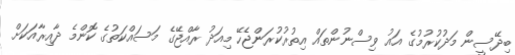
ބިދޭސީން މަދުކުރުމުގެ އައު ވިސްނުންތައް އިތުރުކުރަންޖެހޭ މިއަދު ރާއްޖޭގެ މަސައްކަތުގެ ކޮންމެ ދާއިރާއަކަށް